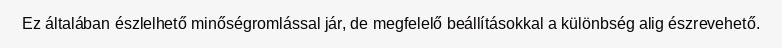
Ez általában észlelhető minőségromlással jár, de megfelelő beállításokkal a különbség alig észrevehető.